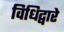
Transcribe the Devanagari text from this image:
विधिद्वारे